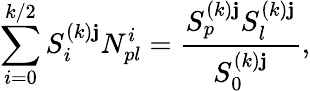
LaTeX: \sum_{i=0}^{k/2}S_{i}^{(k)\mathbf{j}}N_{pl}^{i}=\frac{{S_{p}^{(k)\mathbf{j}}S_{l}^{(k)\mathbf{j}}}}{{S_{0}^{(k)\mathbf{j}}}},